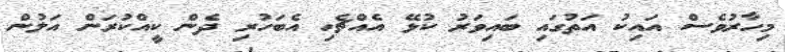
މިހާރުވެސް އައިކު އަތުގައި ބައިވަރު ކުޅޭ އެއްޗެހި އެބަހުރި ދެން ކީއްކުރަން އަލުން